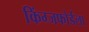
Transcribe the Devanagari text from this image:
किंग्जफोर्डला